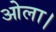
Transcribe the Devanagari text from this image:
ओला।